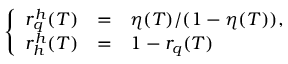
\left\{ \begin{array} { r c l } { { r _ { q } ^ { h } ( T ) } } & { { = } } & { { \eta ( T ) / ( 1 - \eta ( T ) ) , } } \\ { { r _ { h } ^ { h } ( T ) } } & { { = } } & { { 1 - r _ { q } ( T ) } } \end{array} \right.